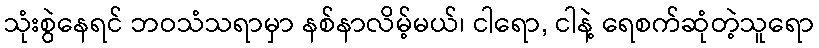
သုံးစွဲနေရင် ဘဝသံသရာမှာ နစ်နာလိမ့်မယ်၊ ငါရော, ငါနဲ့ ရေစက်ဆုံတဲ့သူရော